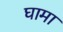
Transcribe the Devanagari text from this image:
घामा